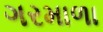
ગરમાળા